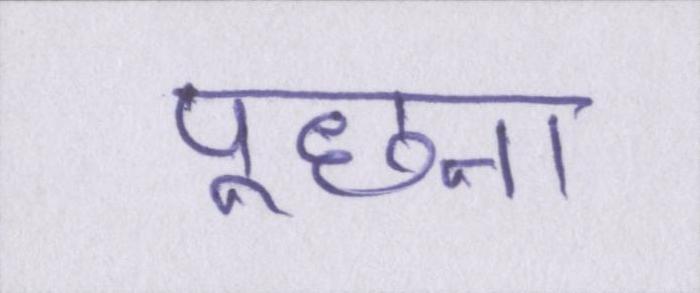
पूछना